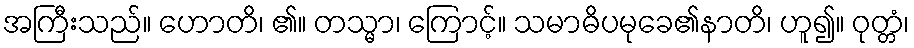
အကြီးသည်။ ဟောတိ၊ ၏။ တသ္မာ၊ ကြောင့်။ သမာဓိပမုခေ၏နာတိ၊ ဟူ၍။ ဝုတ္တံ၊